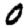
Digit: 0